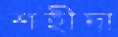
শহীদা